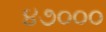
૪૭૦૦૦